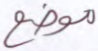
موضع